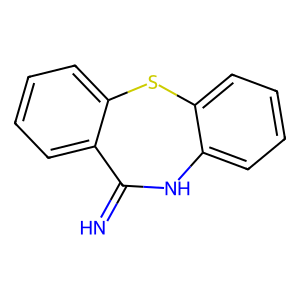
SMILES: N=C1Nc2ccccc2Sc2ccccc21
Inhibits HIV replication: No